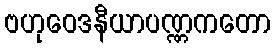
ဗဟုဝေဒနီယာပဏ္ဏကတော